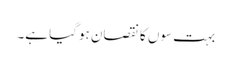
بہت سوں کا نقصان ہوگیا ہے۔